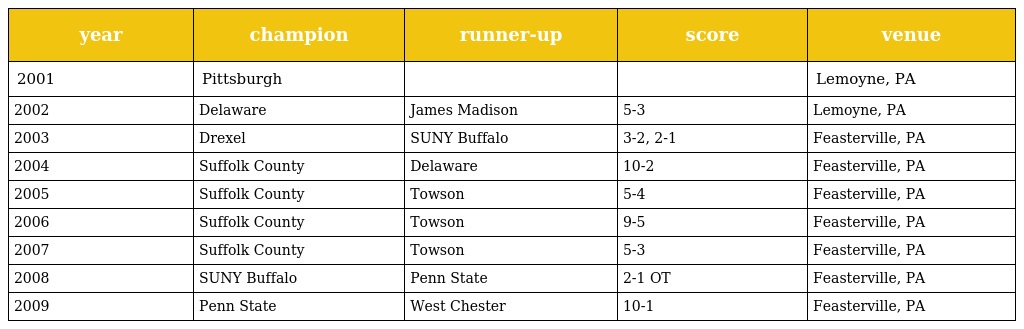
| year | champion | runner-up | score | venue |
 | --- | --- | --- | --- | --- |
 | 2001 | Pittsburgh |  |  | Lemoyne, PA |
 | 2002 | Delaware | James Madison | 5-3 | Lemoyne, PA |
 | 2003 | Drexel | SUNY Buffalo | 3-2, 2-1 | Feasterville, PA |
 | 2004 | Suffolk County | Delaware | 10-2 | Feasterville, PA |
 | 2005 | Suffolk County | Towson | 5-4 | Feasterville, PA |
 | 2006 | Suffolk County | Towson | 9-5 | Feasterville, PA |
 | 2007 | Suffolk County | Towson | 5-3 | Feasterville, PA |
 | 2008 | SUNY Buffalo | Penn State | 2-1 OT | Feasterville, PA |
 | 2009 | Penn State | West Chester | 10-1 | Feasterville, PA |